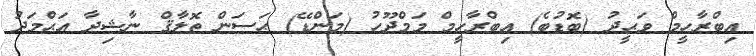
އިބްރާހީމް ވަޙީދު (ބޮޑުބެ) އިބްރާހީމް މަމްދޫހު (މަންޑޭ) ޙަސަން ތޮލާޤް ނާޝިދާ އަޙްމަދު